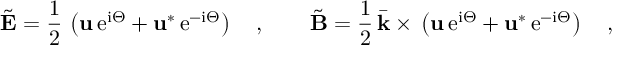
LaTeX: \tilde { { \bf E } } { } = { } \frac { 1 } { 2 } \, \left( { \bf u } \, \mathrm { e } ^ { \mathrm { i } \Theta } { } + { } { \bf u } ^ { * } \, \mathrm { e } ^ { - \mathrm { i } \Theta } \right) \quad , \qquad \tilde { { \bf B } } { } = { } \frac { 1 } { 2 } \, \bar { \bf k } { } \times { } \left( { \bf u } \, \mathrm { e } ^ { \mathrm { i } \Theta } { } + { } { \bf u } ^ { * } \, \mathrm { e } ^ { - \mathrm { i } \Theta } \right) \quad ,